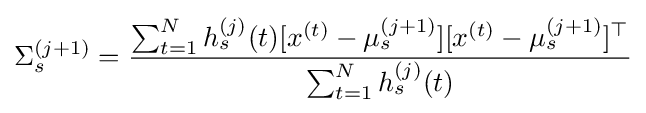
\Sigma _{s}^{(j+1)}={\frac {\sum _{t=1}^{N}h_{s}^{(j)}(t)[x^{(t)}-\mu _{s}^{(j+1)}][x^{(t)}-\mu _{s}^{(j+1)}]^{\top }}{\sum _{t=1}^{N}h_{s}^{(j)}(t)}}